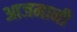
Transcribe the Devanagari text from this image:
आजमानी